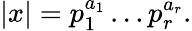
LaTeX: |x|=p_{1}^{a_{1}}\ldots p_{r}^{a_{r}}.